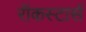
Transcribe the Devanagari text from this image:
रॉकस्टार्स